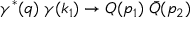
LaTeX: \gamma ^ { \ast } ( q ) \; \gamma ( k _ { 1 } ) \rightarrow Q ( p _ { 1 } ) \; \bar { Q } ( p _ { 2 } )